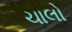
ચાલો